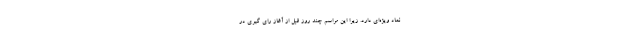
نماد ویژه‌ای دارد. زیرا این مراسم چند روز قبل از آغاز رای گیری در